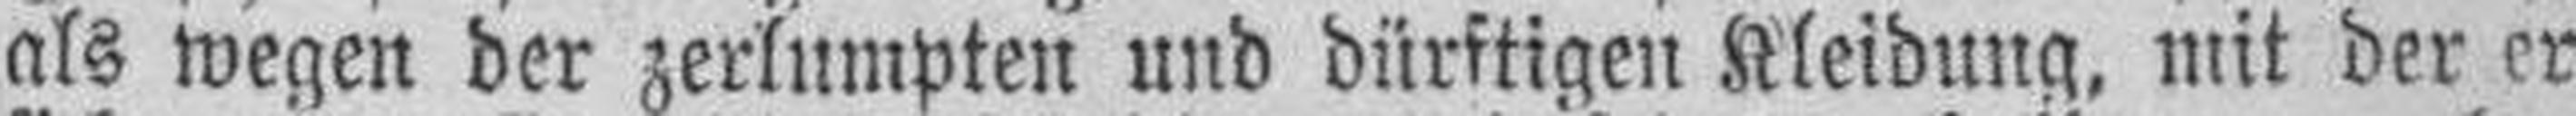
als wegen der zerlumpten und dürftigen Kleidung, mit der er